Insane asylums in Bengal annual reports 1867-1875 - 1867-1875
Year: 1867
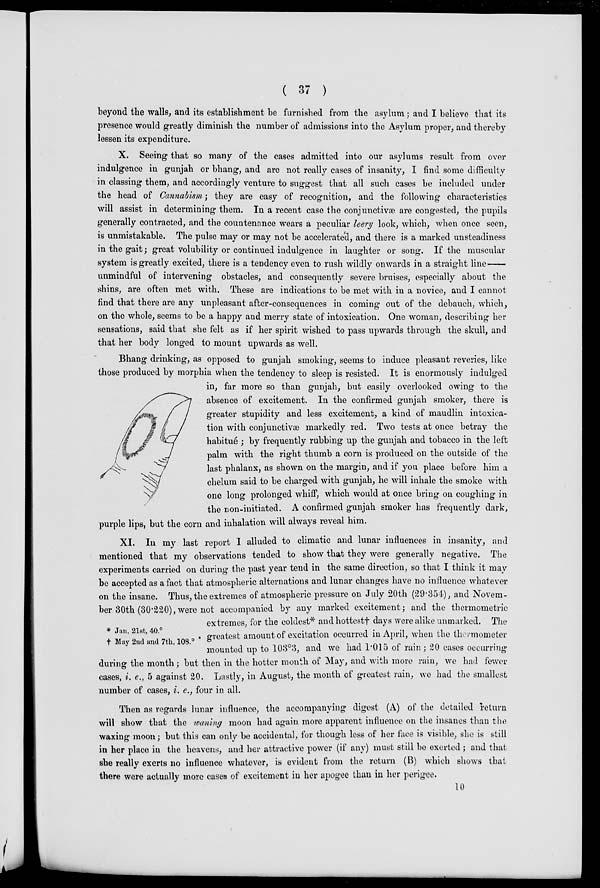
( 37 )
beyond the walls, and its establishment be furnished from the asylum; and I believe that its
presence would greatly diminish the number of admissions into the Asylum proper, and thereby
lessen its expenditure.
X. Seeing that so many of the cases admitted into our asylums result from over
indulgence in gunjah or bhang, and are not really cases of insanity, I find some difficulty
in classing them, and accordingly venture to suggest that all such cases be included under
the head of Cannabism; they are easy of recognition, and the following characteristics
will assist in determining them. In a recent case the conjunctivæ are congested, the pupils
generally contracted, and the countenance wears a peculiar leery look, which, when once seen,
is unmistakable. The pulse may or may not be accelerated, and there is a marked unsteadiness
in the gait; great volubility or continued indulgence in laughter or song. If the muscular
system is greatly excited, there is a tendency even to rush wildly onwards in a straight
line—
unmindful of intervening obstacles, and consequently severe bruises, especially about the
shins, are often met with. These are indications to be met with in a novice, and I cannot
find that there are any unpleasant after-consequences in coming out of the debauch, which,
on the whole, seems to be a happy and merry state of intoxication. One woman, describing her
sensations, said that she felt as if her spirit wished to pass upwards through the skull, and
that her body longed to mount upwards as well.
Bhang drinking, as opposed to gunjah smoking, seems to induce pleasant reveries, like
those produced by morphia when the tendency to sleep is resisted. It is enormously indulged
in, far more so than gunjah, but easily overlooked owing to the
absence of excitement. In the confirmed gunjah smoker, there is
greater stupidity and less excitement, a kind of maudlin intoxica-
tion with conjunctivæ markedly red. Two tests at once betray the
habitué ; by frequently rubbing up the gunjah and tobacco in the left
palm with the right thumb a corn is produced on the outside of the
last phalanx, as shown on the margin, and if you place before him a
chelum said to be charged with gunjah, he will inhale the smoke with
one long prolonged whiff, which would at once bring on coughing in
the non-initiated. A confirmed gunjah smoker has frequently dark,
purple lips, but the corn and inhalation will always reveal him.
* Jan. 21st, 40.°
† May 2nd and 7th, 108.°
XI. In my last report I alluded to climatic and lunar influences in insanity, and
mentioned that my observations tended to show that they were generally negative. The
experiments carried on during the past year tend in the same direction, so that I think it may
be accepted as a fact that atmospheric alternations and lunar changes have no influence whatever
on the insane. Thus, the extremes of atmospheric pressure on July 20th (29.354), and Novem-
ber 30th (30.220),were not accompanied by any marked excitement; and the thermometric
extremes, for the coldest* and hottest† days were alike unmarked. The
. greatest amount of excitation occurred in April, when the thermometer
mounted up to 103°3, and we had 1.015 of rain; 20 cases occurring
during the month; but then in the hotter month of May, and with more rain, we had fewer
cases, i. e., 5 against 20. Lastly, in August, the month of greatest rain, we had the smallest
number of cases, i. e., four in all.
Then as regards lunar influence, the accompanying digest (A) of the detailed return
will show that the waning moon had again more apparent influence on the insanes than the
waxing moon; but this can only be accidental, for though less of her face is visible, she is still
in her place in the heavens, and her attractive power (if any) must still be exerted ; and that
she really exerts no influence whatever, is evident from the return (B) which shows that
there were actually more cases of excitement in her apogee than in her perigee.
10